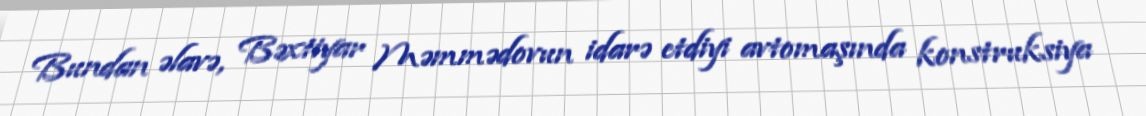
Bundan əlavə, Bəxtiyar Məmmədovun idarə etdiyi avtomaşında konstruksiya